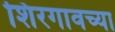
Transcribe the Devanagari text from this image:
शिरगावच्या